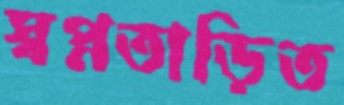
স্বপ্নতাড়িত